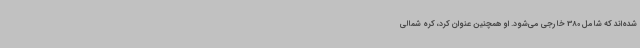
شده‌اند که شامل 380 خارجی می‌شود. او همچنین عنوان کرد، کره شمالی